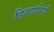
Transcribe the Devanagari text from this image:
हितधारियों